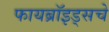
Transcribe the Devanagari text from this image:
फायब्रॉइड्सचे